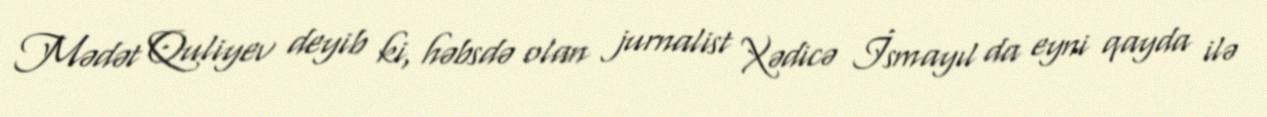
Mədət Quliyev deyib ki, həbsdə olan jurnalist Xədicə İsmayıl da eyni qayda ilə